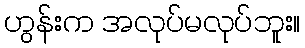
ဟွန်းက အလုပ်မလုပ်ဘူး။